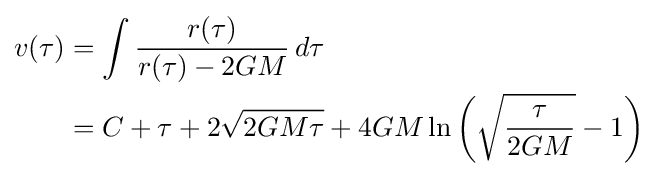
{\begin{aligned}v(\tau )&=\int {\frac {r(\tau )}{r(\tau )-2GM}}\,d\tau \\&=C+\tau +2{\sqrt {2GM\tau }}+4GM\ln \left({\sqrt {\frac {\tau }{2GM}}}-1\right)\end{aligned}}